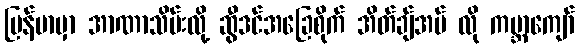
မြန်မာမှာ အာဏာသိမ်းလို့ ဆွီဒင်အခြေစိုက် အိတ်ချ်အမ် လို ကမ္ဘာကျော်